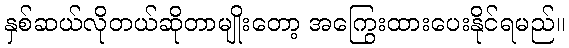
နှစ်ဆယ်လိုတယ်ဆိုတာမျိုးတော့ အကြွေးထားပေးနိုင်ရမည်။